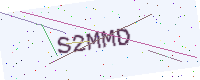
Text: S2MMD